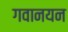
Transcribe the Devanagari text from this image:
गवानयन